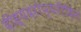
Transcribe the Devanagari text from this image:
दीह्यदरोप्यरीदिन